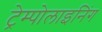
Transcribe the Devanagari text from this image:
ट्रेम्पोलाइनिंग